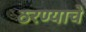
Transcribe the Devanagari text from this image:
ठरण्याचे